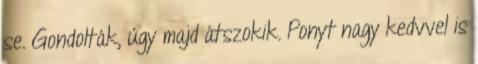
se. Gondolták, úgy majd átszokik. Ponyt nagy kedvvel is